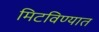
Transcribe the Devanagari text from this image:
मिटविण्यात